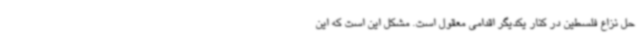
حل نزاع فلسطین در کنار یکدیگر اقدامی معقول است. مشکل این است که این